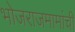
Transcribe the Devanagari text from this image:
भोजराजमामांची